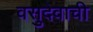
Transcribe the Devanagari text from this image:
वसुदेवाची